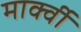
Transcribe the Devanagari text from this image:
मार्क्वी